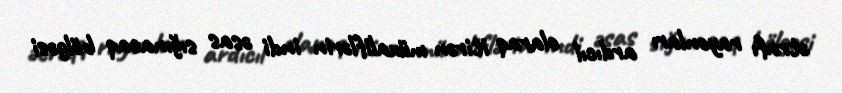
ətrafı rayonları ardıcıl olaraq itirən müxaliflərin indi əsas sığınacaq bölgəsi